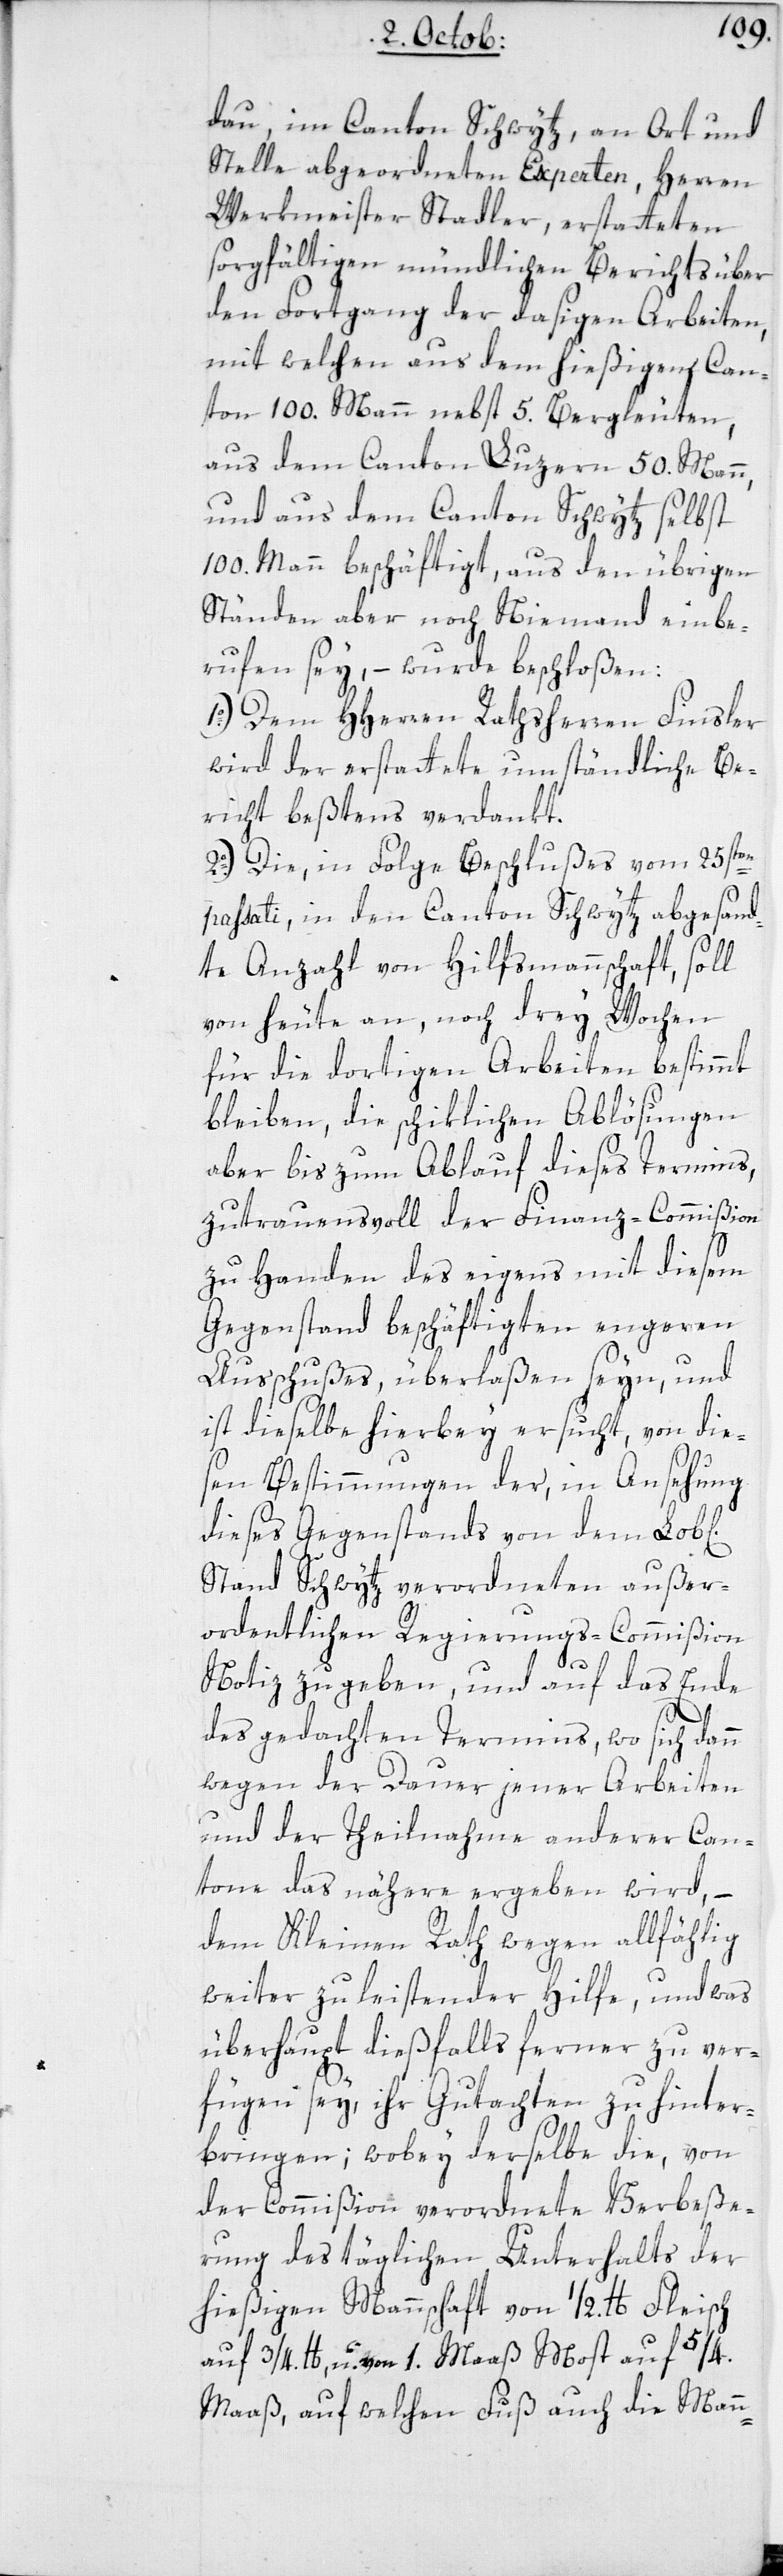
dau, im Canton Schwytz, an Ort und
Stelle abgeordneten Experten, Herren
Werkmeister Stadler, erstatteten
sorgfältigen mündlichen Berichts über
den Fortgang der dasigen Arbeiten,
mit welchen aus dem hießigen Can¬
ton 100. Mann nebst 5. Bergleuten,
aus dem Canton Luzern 50. Mann,
und aus dem Canton Schwytz selbst
100. Mann beschäftigt, aus den übrigen
Ständen aber noch Niemand einbe¬
rufen sey, – wurde beschloßen:
1o.) Dem HHerren Rathsherren Finsler
wird der erstattete umständliche Be¬
richt beßtens verdankt.
2o.) Die in Folge Beschlußes vom 25sten
passati in den Canton Schwytz abgesand¬
te Anzahl von Hilfsmannschaft, soll
von heute an, noch drey Wochen
für die dortigen Arbeiten bestimmt
bleiben, die schiklichen Ablösungen
aber bis zum Ablauf dieses Termins,
zutrauensvoll der Finanz-Commißion
zu Handen des eigens mit diesem
Gegenstand beschäftigten engeren
Ausschußes, überlaßen seyn, und
ist dieselbe hierbey ersucht, von die¬
sen Bestimmungen der, in Ansehung
dieses Gegenstands von dem Lobl[i¬
Stand Schwytz verordneten außer¬
ordentlichen Regierungs-Commißion
chen]
Notiz zu geben, und auf das Ende
des gedachten Termins, wo sich dann
wegen der Dauer jener Arbeiten
und der Theilnahme anderer Can¬
tone das Nähere ergeben wird, –
dem Kleinen Rath wegen allfählig
weiter zu leistender Hilfe, und was
überhaupt dießfalls ferner zu ver¬
fügen sey, ihr Gutachten zu hinter¬
bringen; wobey derselbe die, von
der Commißion verordnete Verbeße¬
rung des täglichen Unterhalts der
hießigen Mannschaft von 1/2. lb. Fleisch
auf 3/4. lb, u. von 1. Maaß Most auf 5/4.
Maaß, auf welchen Fuß auch die Mann-